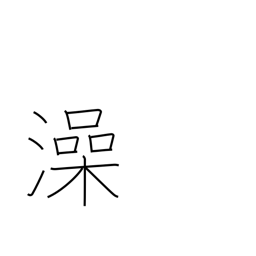
Meaning: wash